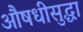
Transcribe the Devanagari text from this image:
औषधीसुद्धा